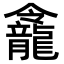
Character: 𪚙